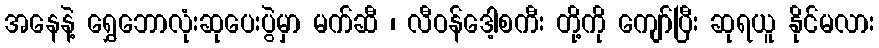
အနေနဲ့ ရွှေဘောလုံးဆုပေးပွဲမှာ မက်ဆီ ၊ လီဝန်ဒေါ့စကီး တို့ကို ကျော်ပြီး ဆုရယူ နိုင်မလား